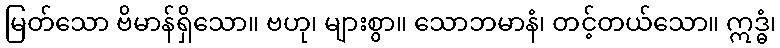
မြတ်သော ဗိမာန်ရှိသော။ ဗဟု၊ များစွာ။ သောဘမာနံ၊ တင့်တယ်သော။ ဣဒ္ဓံ၊